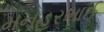
મનહરભાઈ